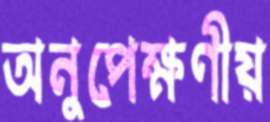
অনুপেক্ষণীয়